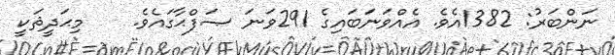
ނަންބަރު: 1382އެވެ. އެއްވަނަބައިގެ 291ވަނަ ޞަފްޙާގައެވެ.    މިޙަދީޘަކީ